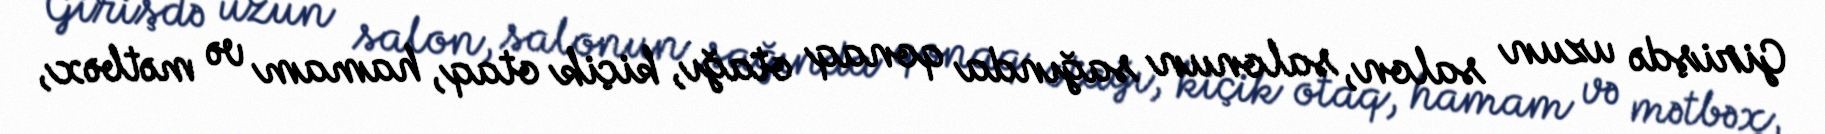
Girişdə uzun salon, salonun sağında qonaq otağı, kiçik otaq, hamam və mətbəx,